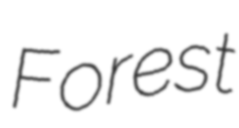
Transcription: Forest